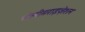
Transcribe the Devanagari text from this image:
पोलीमराइज़ेशन